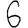
Digit: 6